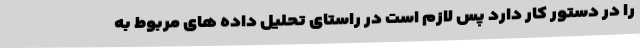
را در دستور کار دارد پس لازم است در راستای تحلیل داده های مربوط به